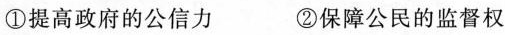
①提高政府的公信力 ②保障公民的监督权